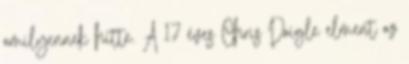
amilyennek hitte. A 17 éves Chris Daigle elment az